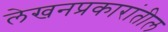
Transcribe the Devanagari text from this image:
लेखनप्रकारांतील